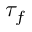
\tau _ { f }